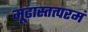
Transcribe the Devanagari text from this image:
मूढास्तत्परमं